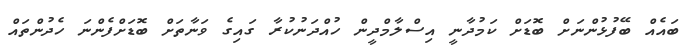
ބައެއް ބޭފުޅުންނަށް ބޮޑަށް ކަމުދާނީ އިސްލާމްދީން ހުއްދަނުކުރާ ގައިގެ ވަނާތަށް ބޮޑަށްފެންނަ ހެދުންތައް